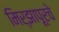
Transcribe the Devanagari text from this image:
मिर्झापूरचे